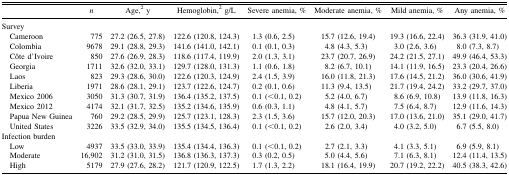
<table><thead><tr><td></td><td><b><i>n</i></b></td><td><b>Age,<sup>2</sup> y</b></td><td><b>Hemoglobin,<sup>2</sup> g/L</b></td><td><b>Severe anemia, %</b></td><td><b>Moderate anemia, %</b></td><td><b>Mild anemia, %</b></td><td><b>Any anemia, %</b></td></tr></thead><tbody><tr><td>Survey</td><td></td><td></td><td></td><td></td><td></td><td></td><td></td></tr><tr><td> Cameroon</td><td>775</td><td>27.2 (26.5, 27.8)</td><td>122.6 (120.8, 124.3)</td><td>1.3 (0.6, 2.5)</td><td>15.7 (12.6, 19.4)</td><td>19.3 (16.6, 22.4)</td><td>36.3 (31.9, 41.0)</td></tr><tr><td> Colombia</td><td>9678</td><td>29.1 (28.8, 29.3)</td><td>141.6 (141.0, 142.1)</td><td>0.1 (0.1, 0.3)</td><td>4.8 (4.3, 5.3)</td><td>3.0 (2.6, 3.6)</td><td>8.0 (7.3, 8.7)</td></tr><tr><td> Côte d’Ivoire</td><td>850</td><td>27.6 (26.9, 28.3)</td><td>118.6 (117.4, 119.9)</td><td>2.0 (1.3, 3.1)</td><td>23.7 (20.7, 26.9)</td><td>24.2 (21.5, 27.1)</td><td>49.9 (46.4, 53.3)</td></tr><tr><td> Georgia</td><td>1711</td><td>32.6 (32.0, 33.1)</td><td>129.7 (128.0, 131.3)</td><td>1.1 (0.6, 1.8)</td><td>8.2 (6.7, 10.1)</td><td>14.1 (11.9, 16.5)</td><td>23.3 (20.4, 26.6)</td></tr><tr><td> Laos</td><td>823</td><td>29.3 (28.6, 30.0)</td><td>122.6 (120.3, 124.9)</td><td>2.4 (1.5, 3.9)</td><td>16.0 (11.8, 21.3)</td><td>17.6 (14.5, 21.2)</td><td>36.0 (30.6, 41.9)</td></tr><tr><td> Liberia</td><td>1971</td><td>28.6 (28.1, 29.1)</td><td>123.7 (122.6, 124.7)</td><td>0.2 (0.1, 0.6)</td><td>11.3 (9.4, 13.5)</td><td>21.7 (19.4, 24.2)</td><td>33.2 (29.7, 37.0)</td></tr><tr><td> Mexico 2006</td><td>3050</td><td>31.3 (30.7, 31.9)</td><td>136.4 (135.2, 137.5)</td><td>0.1 (&lt;0.1, 0.2)</td><td>5.2 (4.0, 6.7)</td><td>8.6 (6.9, 10.8)</td><td>13.9 (11.8, 16.3)</td></tr><tr><td> Mexico 2012</td><td>4174</td><td>32.1 (31.7, 32.5)</td><td>135.2 (134.6, 135.9)</td><td>0.6 (0.3, 1.1)</td><td>4.8 (4.1, 5.7)</td><td>7.5 (6.4, 8.7)</td><td>12.9 (11.6, 14.3)</td></tr><tr><td> Papua New Guinea</td><td>760</td><td>29.2 (28.5, 29.9)</td><td>125.7 (123.1, 128.3)</td><td>2.3 (1.5, 3.6)</td><td>15.7 (12.0, 20.3)</td><td>17.0 (13.6, 21.0)</td><td>35.1 (29.0, 41.7)</td></tr><tr><td> United States</td><td>3226</td><td>33.5 (32.9, 34.0)</td><td>135.5 (134.5, 136.4)</td><td>0.1 (&lt;0.1, 0.2)</td><td>2.6 (2.0, 3.4)</td><td>4.0 (3.2, 5.0)</td><td>6.7 (5.5, 8.0)</td></tr><tr><td>Infection burden</td><td></td><td></td><td></td><td></td><td></td><td></td><td></td></tr><tr><td> Low</td><td>4937</td><td>33.5 (33.0, 33.9)</td><td>135.4 (134.4, 136.3)</td><td>0.1 (&lt;0.1, 0.2)</td><td>2.7 (2.1, 3.3)</td><td>4.1 (3.3, 5.1)</td><td>6.9 (5.9, 8.1)</td></tr><tr><td> Moderate</td><td>16,902</td><td>31.2 (31.0, 31.5)</td><td>136.8 (136.3, 137.3)</td><td>0.3 (0.2, 0.5)</td><td>5.0 (4.4, 5.6)</td><td>7.1 (6.3, 8.1)</td><td>12.4 (11.4, 13.5)</td></tr><tr><td> High</td><td>5179</td><td>27.9 (27.6, 28.2)</td><td>121.7 (120.9, 122.5)</td><td>1.7 (1.3, 2.2)</td><td>18.1 (16.4, 19.9)</td><td>20.7 (19.2, 22.2)</td><td>40.5 (38.3, 42.6)</td></tr></tbody></table>